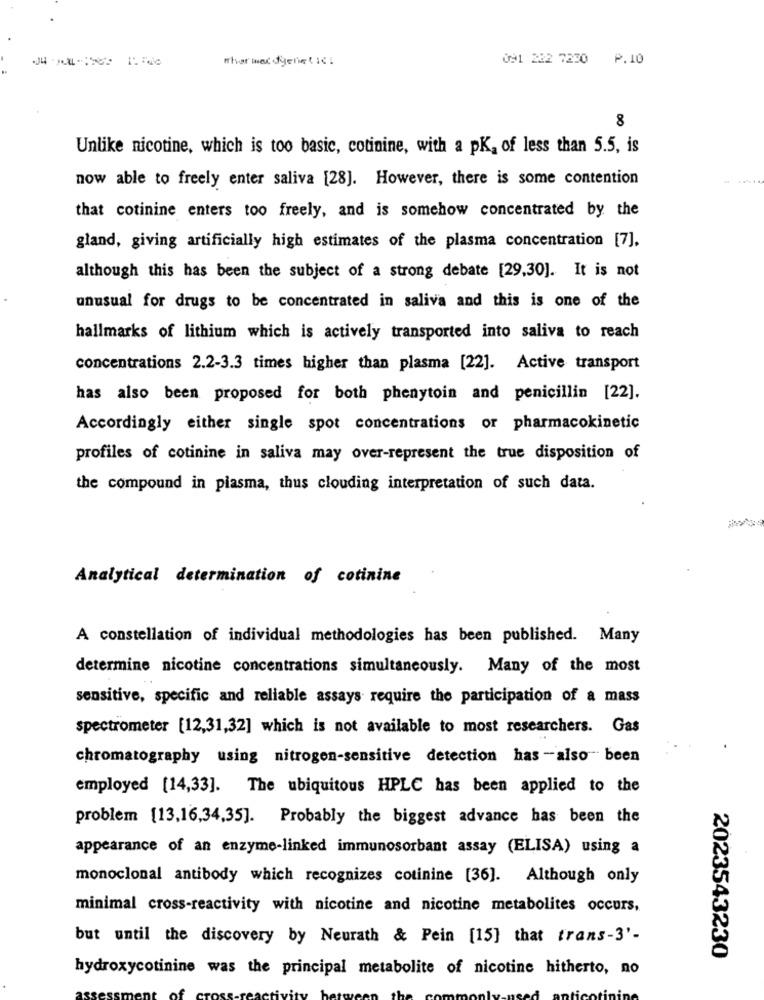
what max dgenetic
091 222 7220 P.10
8
Unlike nicotine, which is too basic, cotinine, with a pK, of less than 5.5, is
now able to freely enter saliva [28]. However, there is some contention
that cotinine enters too freely, and is somehow concentrated by the
gland, giving artificially high estimates of the plasma concentration [7],
although this has been the subject of a strong debate [29,30]. It is not
unusual for drugs to be concentrated in saliva and this is one of the
hallmarks of lithium which is actively transported into saliva to reach
concentrations 2.2-3.3 times higher than plasma [22]. Active transport
has also been proposed for both phenytoin and penicillin [22].
Accordingly either single spot concentrations or pharmacokinetic
profiles of cotinine in saliva may over-represent the true disposition of
the compound in plasma, thus clouding interpretation of such data.
Analytical determination of cotinine
A constellation of individual methodologies has been published. Many
determine nicotine concentrations simultaneously. Many of the most
sensitive, specific and reliable assays require the participation of a mass
spectrometer [12,31,32] which is not available to most researchers. Gas
chromatography using nitrogen-sensitive detection has -also been
employed [14,33]. The ubiquitous HPLC has been applied to the
problem [13,16,34,35]. Probably the biggest advance has been the
appearance of an enzyme-linked immunosorbant assay (ELISA) using a
monoclonal antibody which recognizes cotinine [36]. Although only
minimal cross-reactivity with nicotine and nicotine metabolites occurs,
but until the discovery by Neurath & Pein [15] that trans-3'-
2023543230
hydroxycotinine was the principal metabolite of nicotine hitherto, no